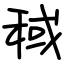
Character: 稢